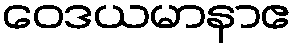
ဝေဒယမာနာဧ